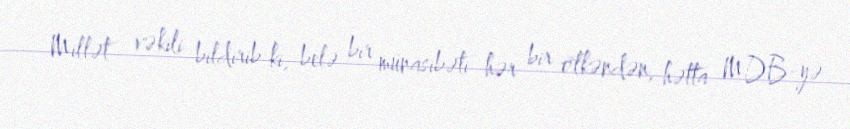
Millət vəkili bildirib ki, belə bir münasibəti hər bir ölkəndən, hətta MDB-yə